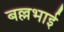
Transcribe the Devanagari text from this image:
बल्लभाई